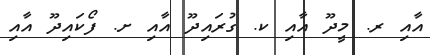
އާއި ރ. މީދޫ އާއި ކ. ގުރަައިދޫ އާއި ށ. ފޯކައިދޫ އާއި